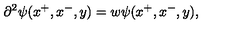
\partial ^ { 2 } \psi ( x ^ { + } , x ^ { - } , y ) = w \psi ( x ^ { + } , x ^ { - } , y ) ,